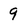
Character: 9